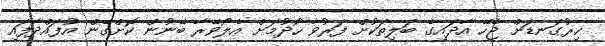
ހިރުގަނޑަށް ޖެހޭ އާދައިގެ ބަލިތަކުށް ފަރުވާ ހޯދުމަށް އެލޯވޭރާ ބޭނުން ކޮށްގެން އުފައްދާފައި